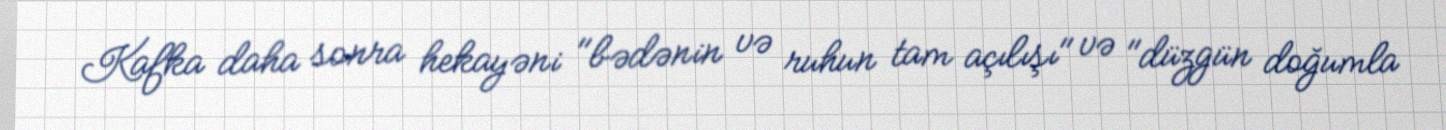
Kafka daha sonra hekayəni "bədənin və ruhun tam açılışı" və "düzgün doğumla